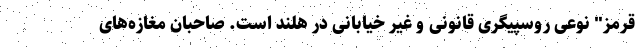
قرمز" نوعی روسپیگری قانونی و غیر خیابانی در هلند است. صاحبان مغازه‌های